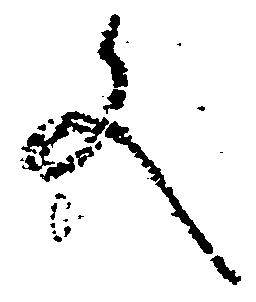
文